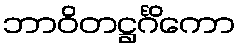
ဘာဝိတဋ္ဌင်္ဂိကော